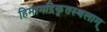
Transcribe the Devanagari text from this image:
हिमामद्रिकृतस्थलाम्